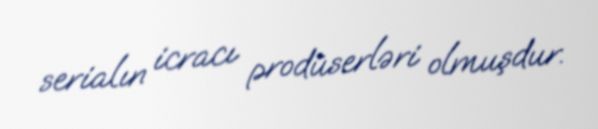
serialın icracı prodüserləri olmuşdur.